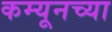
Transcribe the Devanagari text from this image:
कम्यूनच्या